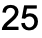
25